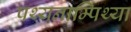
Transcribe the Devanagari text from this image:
पथ्यनाम्पिथ्या